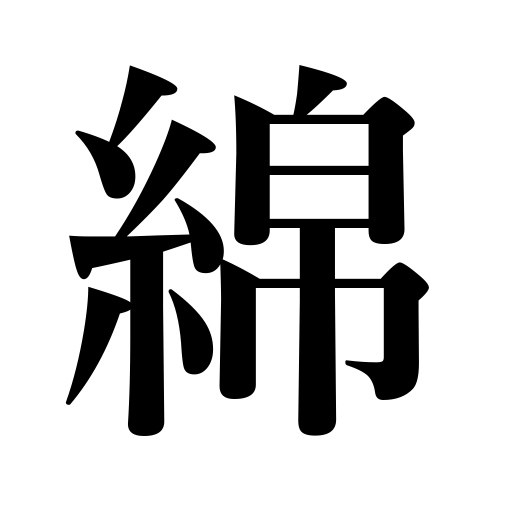
Meanings: cotton cloth,cotton,cotton thread,cotton wool